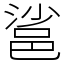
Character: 䣉